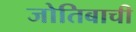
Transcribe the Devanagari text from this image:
जोतिबाची